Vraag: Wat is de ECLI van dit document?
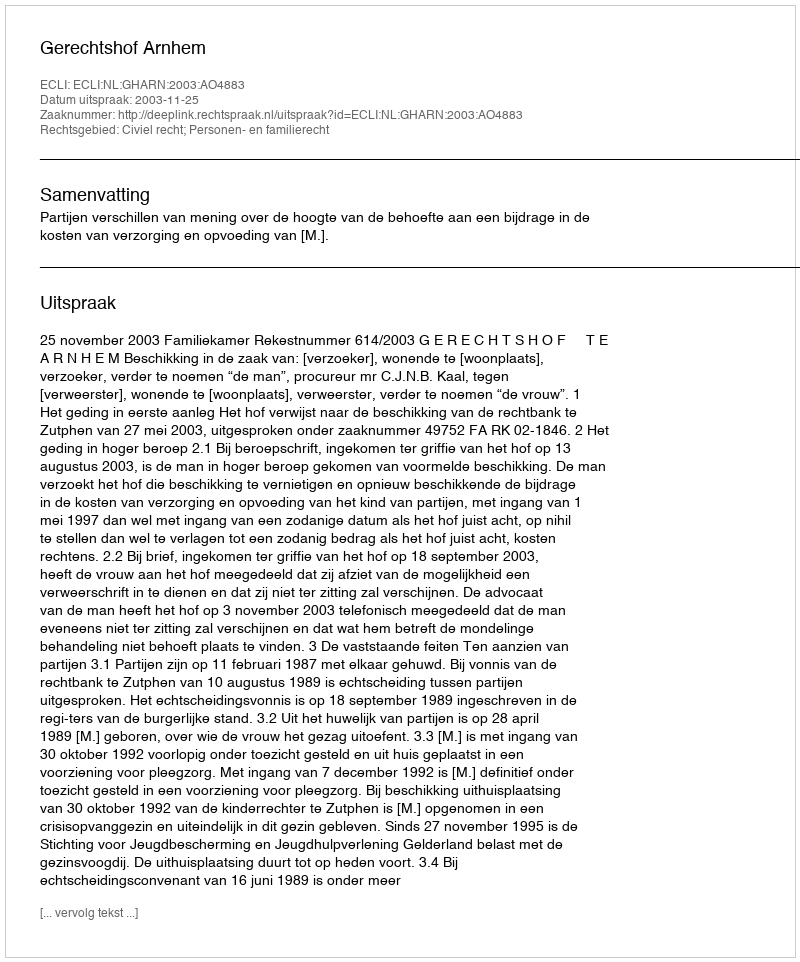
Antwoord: ECLI:NL:GHARN:2003:AO4883